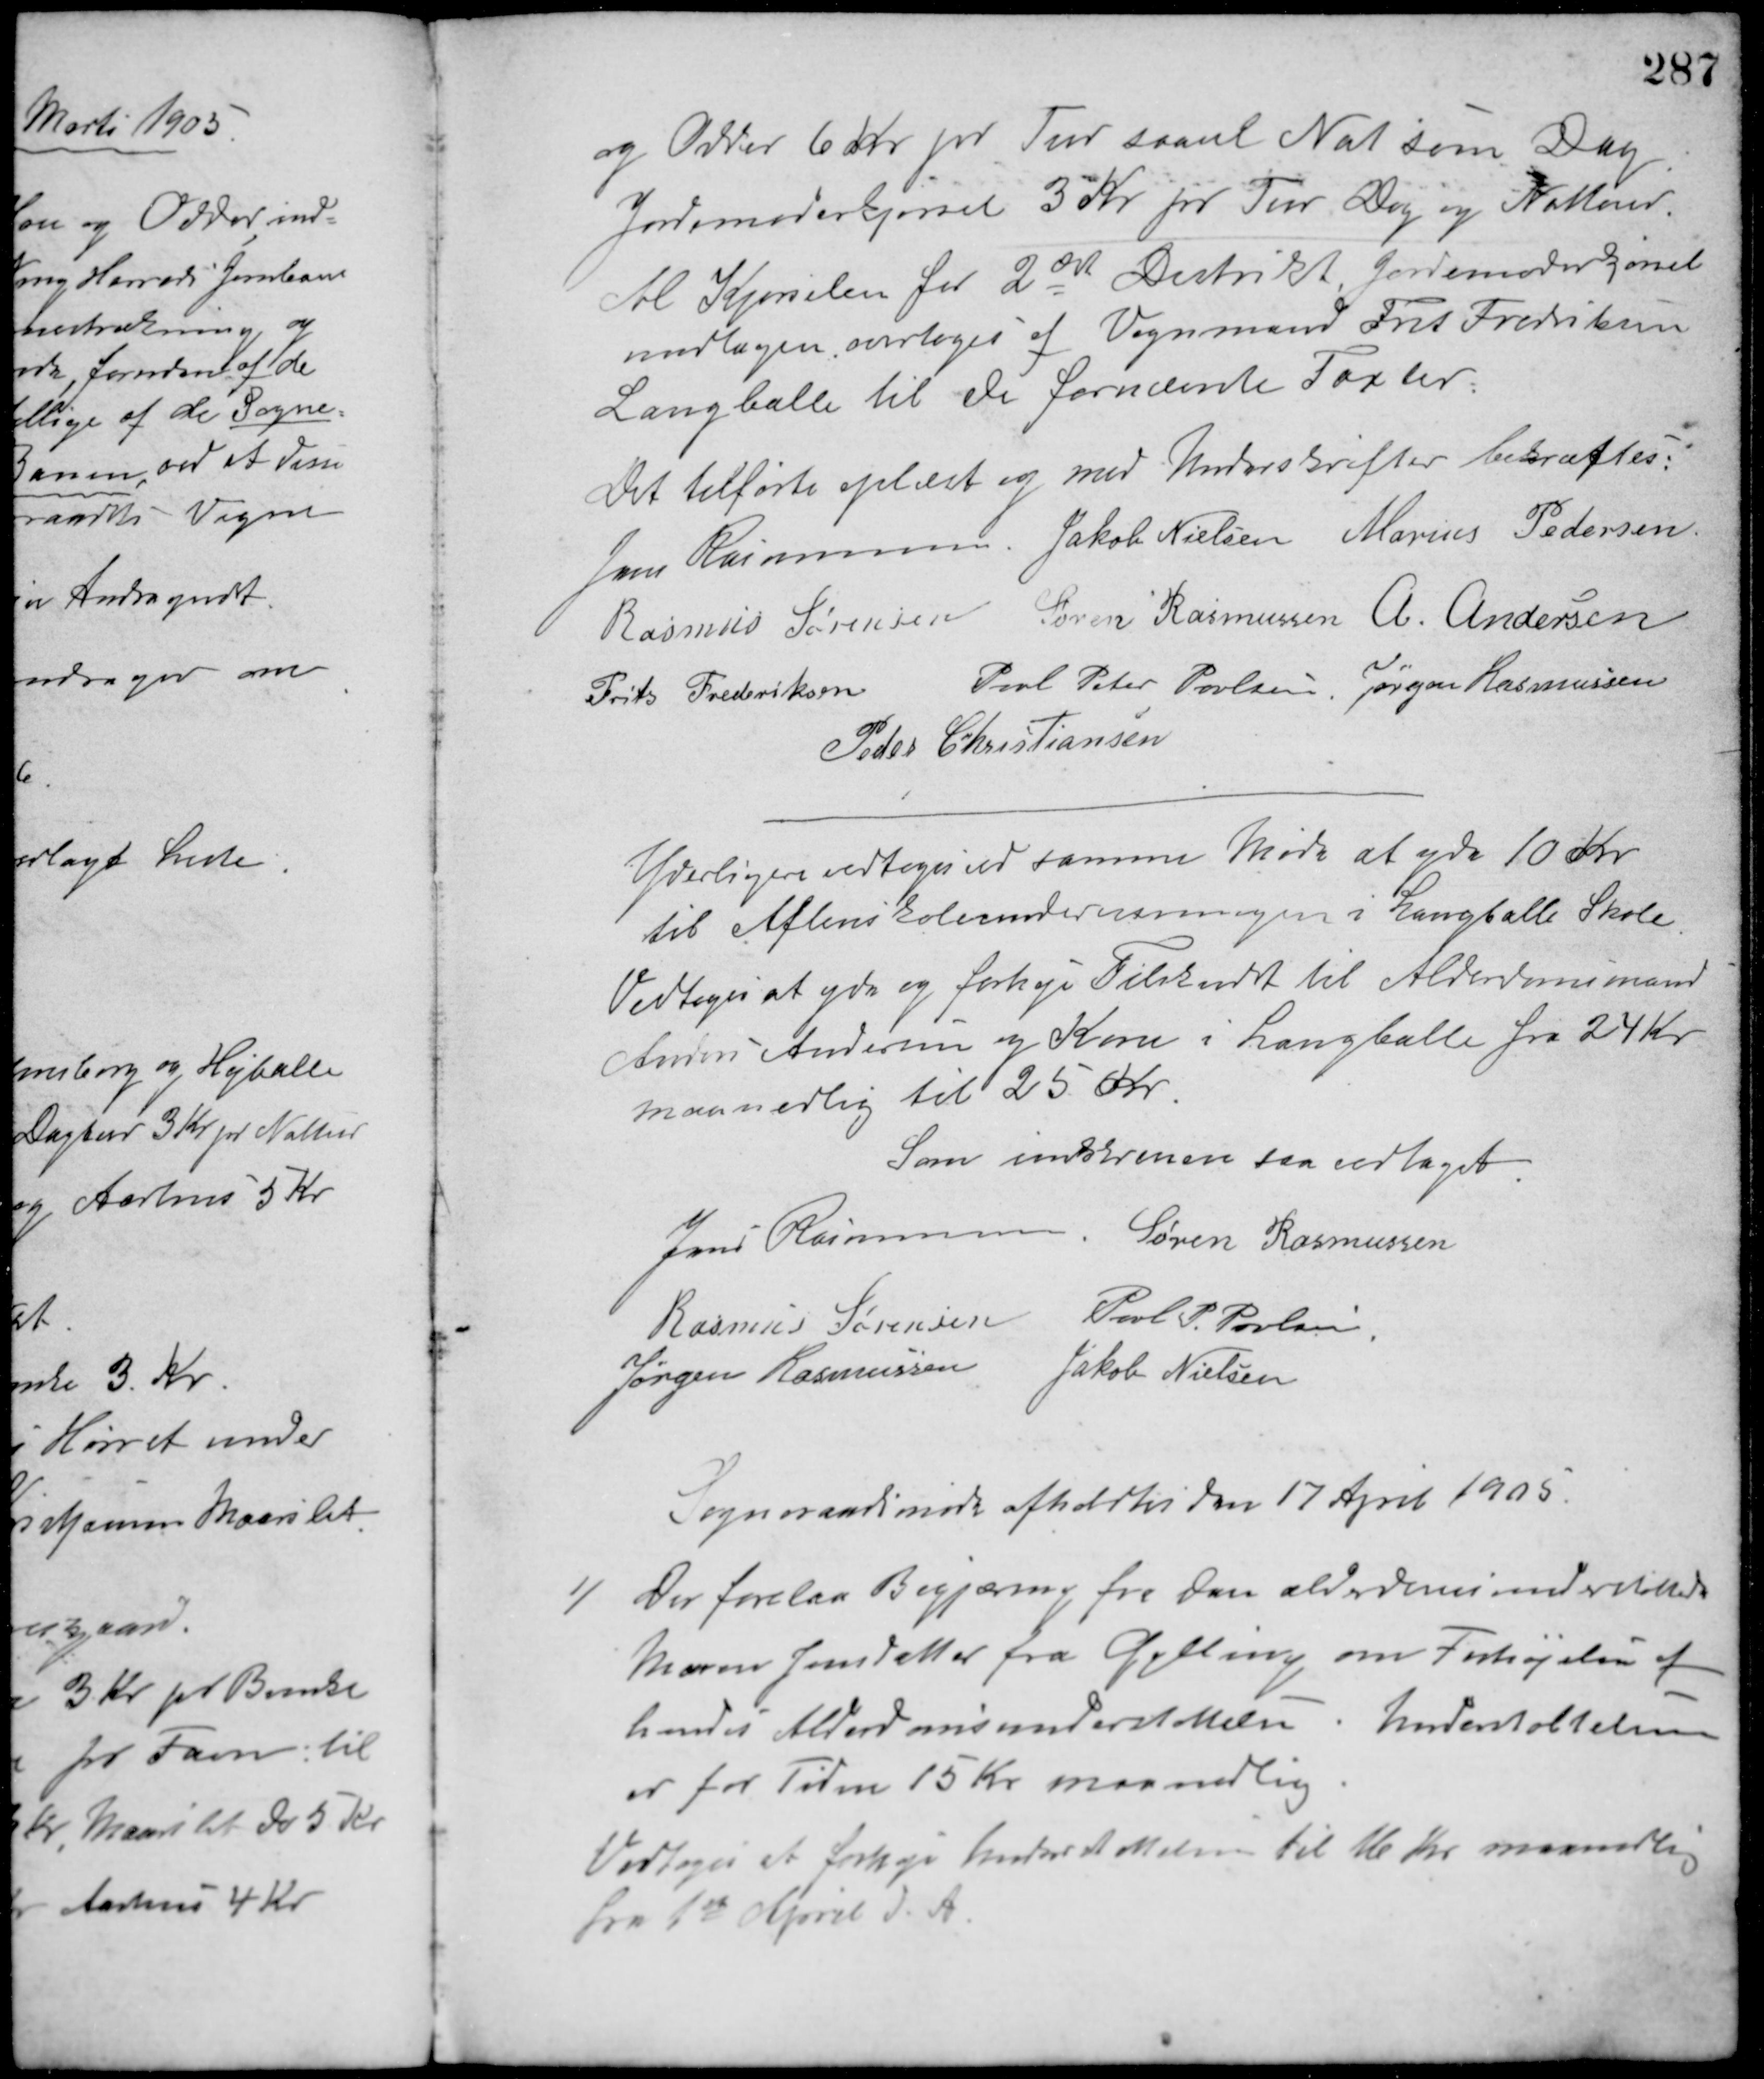
Transskription:
og Odder 6 Kr. pr. Tur saavel Nat som Dag.
Jordmoderkjørsel 3 Kr. pr. Tur Dag og Natterer.
Til Kjørselen for 2det Distrikt Jordemoderkjørsel
undtagen overtoges af Vognmand Frits Fredriksen
Langballe til De fornævnte Taxter.
Det tilførte oplæst og med Underskrifter bekræftes:
Jens Rasmussen Jakob Nielsen Marius Pedersen
Rasmus Sørensen Søren Rasmussen A. Andersen
Frits Frederiksen Poul Peter Poulsen Jørgen Rasmussen
Peder Christiansen
Yderligere vedtoges ved samme Møde at yde 10 Kr.
til Aftenskoleundervisningen i Langballe Skole.
Vedtoges at yde og forhøje Tilskudet til Alderdomsmand
Anders Andersen og Kone i Langballe fra 24 Kr.
maanedlig til 25 Kr.
Som indskreven saa vedtaget
Jens Rasmussen Søren Rasmussen
Rasmus Sørensen Poul P. Poulsen
Jørgen Rasmussen Jakob Nielsen
Sogneraadsmøde afholdtes den 17 April 1905.
1/ Der forelaa Begjæring fra den alderdomsunderstøttede
Maren Jensdatter fra Gylling om Forhøjelse af
hendes Alderdomsunderstøttelse. Understøttelsen
er for Tiden 15 Kr. maanedlig.
Vedtoges at forhøje Understøttelsen til 16 Kr. maanedlig
fra 1ste April d. A.